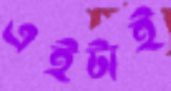
এইটাই